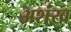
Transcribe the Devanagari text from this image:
अशंख